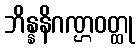
ဘိန္နနိဂဏ္ဌဝတ္ထု